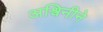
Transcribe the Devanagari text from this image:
अश्विनीने